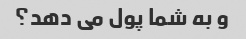
و به شما پول می دهد؟